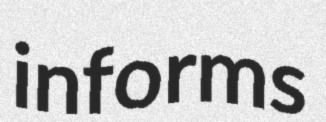
informs